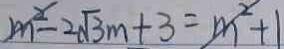
m ^ { 2 } - 2 \sqrt { 3 } m + 3 = m ^ { 2 } + 1